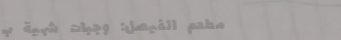
مطعم الفيصل: وجبات شهية ب